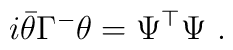
i\bar\theta \Gamma^-\theta=\Psi^\top \Psi\ .